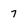
Character: 7